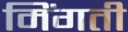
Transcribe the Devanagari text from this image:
मिंगती